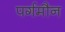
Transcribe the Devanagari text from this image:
पर्गमौन